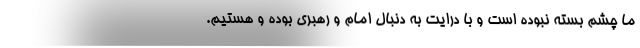
ما چشم بسته نبوده است و با درایت به دنبال امام و رهبری بوده و هستیم.